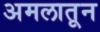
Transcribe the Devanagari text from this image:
अमलातून